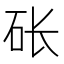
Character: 𱳱